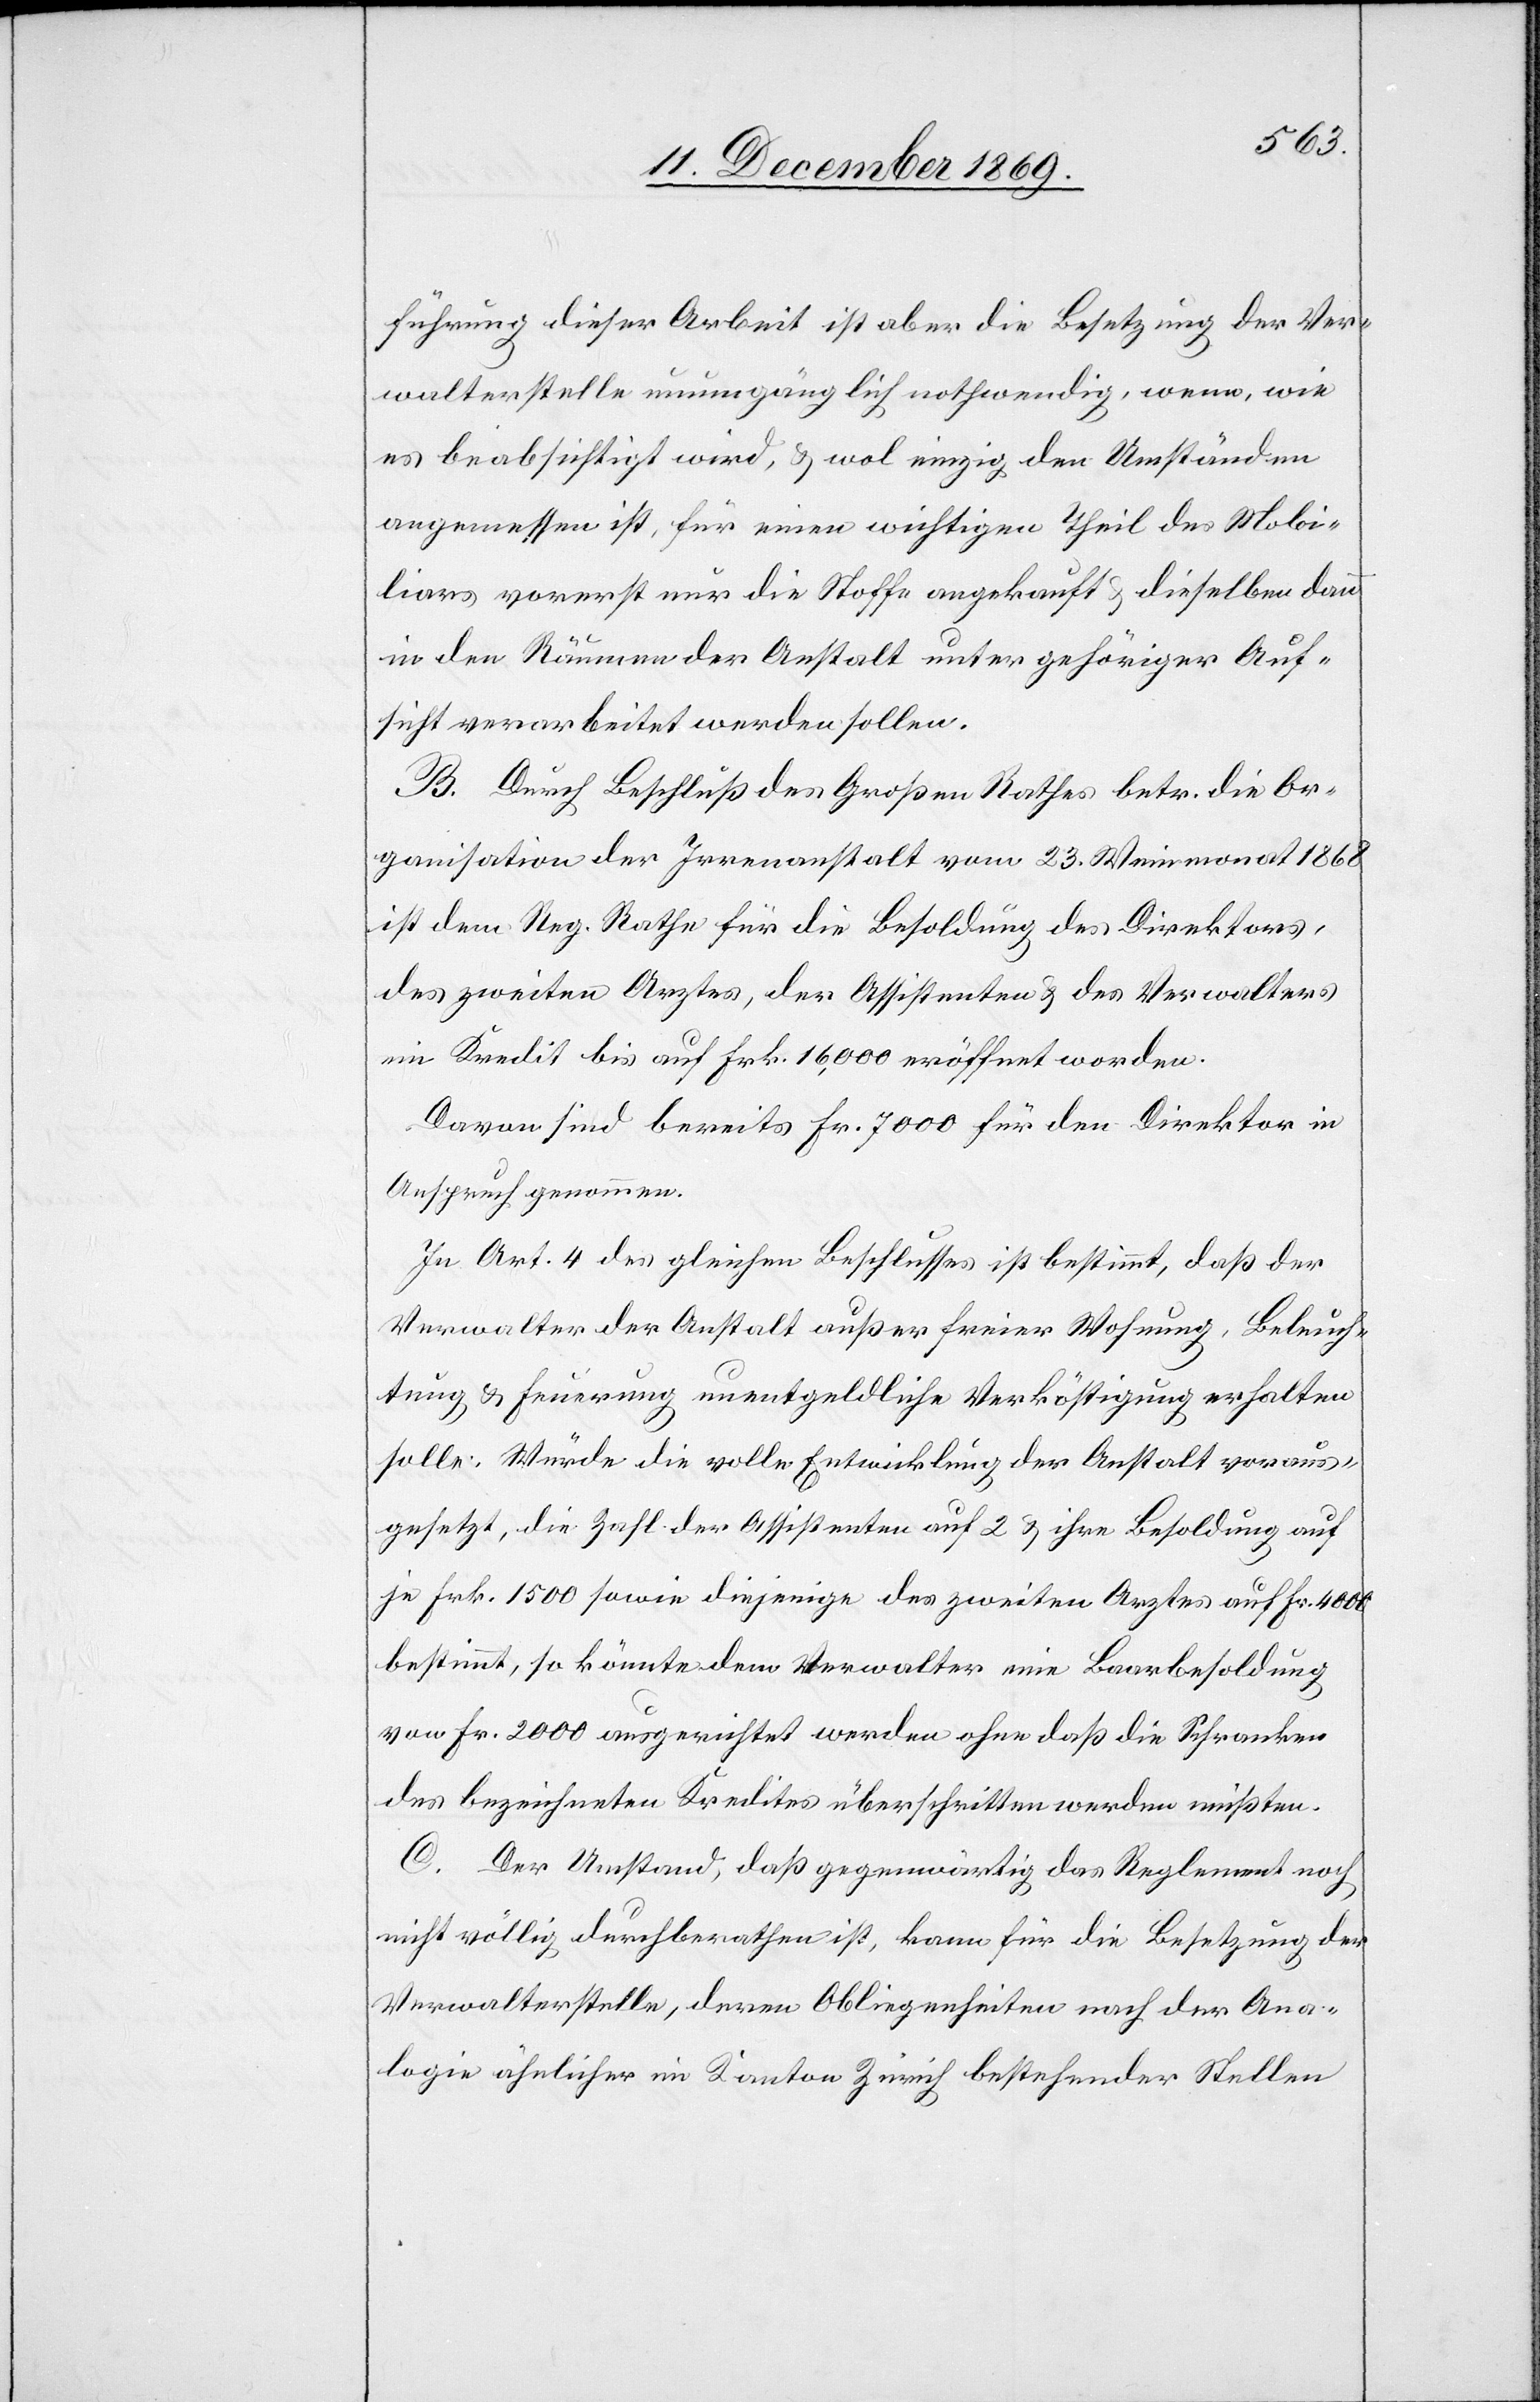
führung dieser Arbeit ist aber die Besetzung der Ver¬
walterstelle unumgänglich nothwendig, wenn, wie
es beabsichtigt wird, & wol einzig den Umständen
angemessen ist, für einen wichtigen Theil des Mobi¬
liars vorerst nur die Stoffe angekauft & dieselben dann
in den Räumen der Anstalt unter gehöriger Auf¬
sicht verarbeitet werden sollen.
B. Durch Beschluß des Großen Rathes betr. die Or¬
ganisation der Irrenanstalt vom 23. Weinmonat 1868
ist dem Reg. Rathe für die Besoldung des Direktors,
des zweiten Arztes, der Assistenten & des Verwalters
ein Kredit bis auf Frk. 16,000 eröffnet worden.
Davon sind bereits Fr. 7000 für den Direktor in
Anspruch genommen.
In Art. 4 des gleichen Beschlusses ist bestimmt, daß der
Verwalter der Anstalt außer freier Wohnung, Beleuch¬
tung & Feuerung unentgeldliche Verköstigung erhalten
solle. Würde die volle Entwicklung der Anstalt voraus¬
gesetzt, die Zahl der Assistenten auf 2 & ihre Besoldung auf
je Frk. 1500 sowie diejenige des zweiten Arztes auf Fr. 4000
bestimmt, so könnte dem Verwalter eine Baarbesoldung
von Fr. 2000 ausgerichtet werden ohne daß die Schranken
des bezeichneten Kredites überschritten werden müßten.
C. Der Umstand, daß gegenwärtig das Reglement noch
nicht völlig durchberathen ist, kann für die Besetzung der
Verwalterstelle, deren Obliegenheiten nach der Ana¬
logie ähnlicher im Kanton Zürich bestehender Stellen